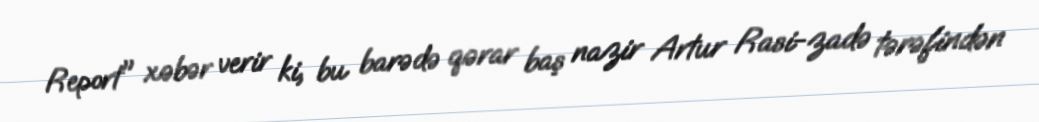
Report" xəbər verir ki, bu barədə qərar baş nazir Artur Rasi-zadə tərəfindən